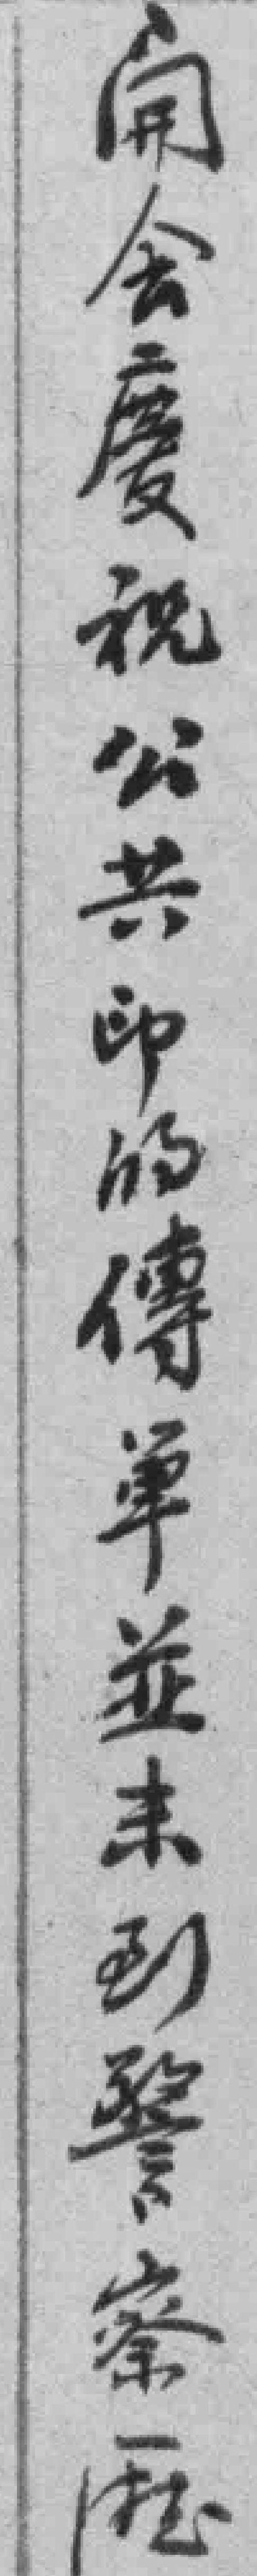
開會慶祝公共印的傳單並未到警察*